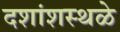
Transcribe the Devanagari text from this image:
दशांशस्थळे